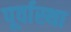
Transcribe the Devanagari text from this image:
पूर्वास्था